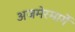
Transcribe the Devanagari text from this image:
अजमेरमार्गे